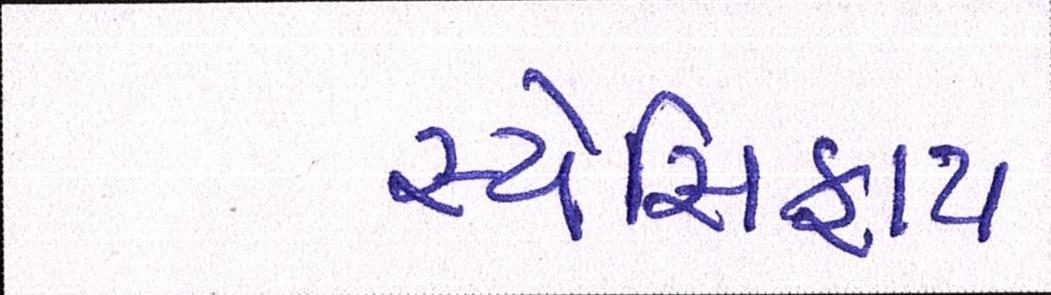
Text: સ્પેસિફાય